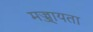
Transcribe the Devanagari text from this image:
मज्ज्ायता